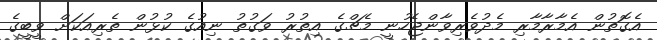
އެގޮތުން އެމާރާމާރި މެދުވެރިވާންޖެހުނީ މެޗްގެ އިތުރު ވަގުތު ނިއުގެ ކުޅުން ތެރިއަކަށް ވީބީގެ